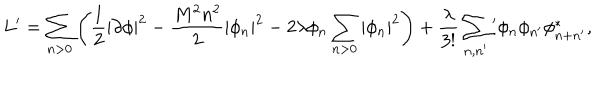
L ^ { \prime } = \sum _ { n > 0 } \left( \frac 1 2 | \partial \phi | ^ { 2 } - \frac { M ^ { 2 } n ^ { 2 } } { 2 } | \phi _ { n } | ^ { 2 } - 2 \lambda \phi _ { n } \sum _ { n > 0 } | \phi _ { n } | ^ { 2 } \right) + \frac { \lambda } { 3 ! } \sum _ { n , n ^ { \prime } } { } ^ { \prime } \phi _ { n } \phi _ { n ^ { \prime } } \phi _ { n + n ^ { \prime } } ^ { * } ,